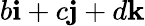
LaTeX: b\mathbf{i}+c\mathbf{j}+d\mathbf{k}